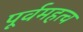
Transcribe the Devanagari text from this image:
पूर्वमहत्व